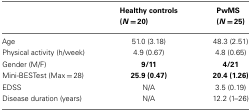
<table><thead><tr><td></td><td><b>Healthy controls (<i>N</i> = 20)</b></td><td><b>PwMS (<i>N</i> = 25)</b></td></tr></thead><tbody><tr><td>Age</td><td>51.0 (3.18)</td><td>48.3 (2.51)</td></tr><tr><td>Physical activity (h/week)</td><td>4.9 (0.67)</td><td>4.8 (0.65)</td></tr><tr><td>Gender (M/F)</td><td><b>9/11</b></td><td><b>4/21</b></td></tr><tr><td>Mini-BESTest (Max = 28)</td><td><b>25.9 (0.47)</b></td><td><b>20.4 (1.26)</b></td></tr><tr><td>EDSS</td><td>N/A</td><td>3.5 (0.19)</td></tr><tr><td>Disease duration (years)</td><td>N/A</td><td>12.2 (1–26)</td></tr></tbody></table>